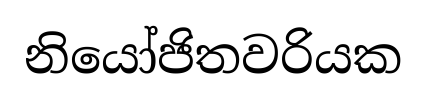
නියෝජිතවරියක